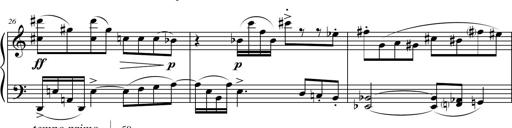
Title: Petite Sonatine
Composer: Richard St. Clair